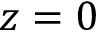
z = 0